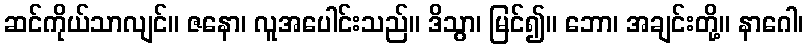
ဆင်ကိုယ်သာလျင်။ ဇနော၊ လူအပေါင်းသည်။ ဒိသွာ၊ မြင်၍။ ဘော၊ အချင်းတို့။ နာဂေါ၊